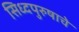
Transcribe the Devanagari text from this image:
सिध्दपुरुषाचे